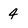
Character: 4